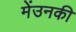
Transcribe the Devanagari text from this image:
मेंउनकी